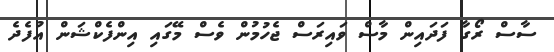
ސާސް ރޯގާ ފަދައިން މާސް ވައިރަސް ޖެހުމުން ވެސް މޭގައި އިންފެކްޝަން އުފެދެ